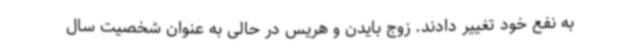
به نفع خود تغییر دادند. زوج بایدن و هریس در حالی به عنوان شخصیت سال